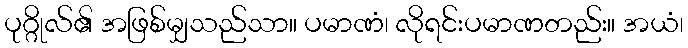
ပုဂ္ဂိုလ်၏ အဖြစ်မျှသည်သာ။ ပမာဏံ၊ လိုရင်းပမာဏတည်း။ အယံ၊